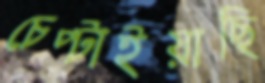
চেপ্‌টাইয়াছি